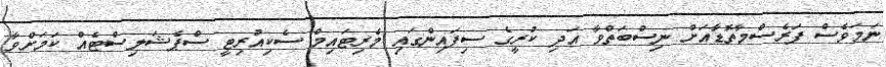
ނަމަވެސް ފަރެސްމާތޮޑާއަށް ނިސްބަތްވާ އަދި ކުރީގެ ސިފައިންގައި މެރިޓައިމް ސެކިއުރިޓީ ސްޕެޝަލިސްޓެއް ކަމަށްވާ